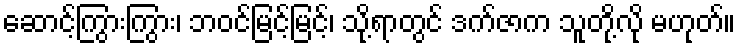
ဆောင့်ကြွားကြွား၊ ဘဝင်မြင့်မြင့်၊ သို့ရာတွင် ဒက်ဇာက သူတို့လို မဟုတ်။